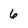
Character: 6